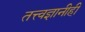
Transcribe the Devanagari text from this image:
तत्त्वज्ञानीही